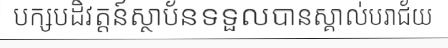
បក្សបដិវត្តន៍ស្ថាប័នទទួលបានស្គាល់បរាជ័យ